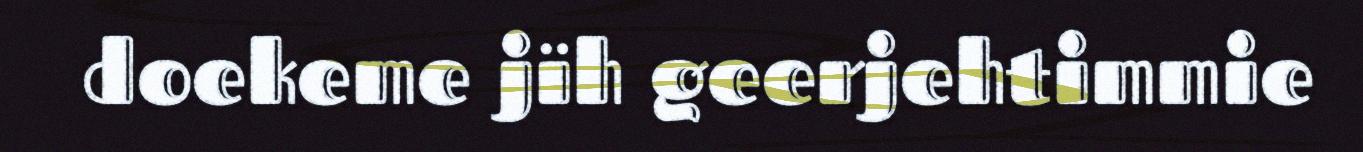
doekeme jïh geerjehtimmie